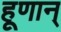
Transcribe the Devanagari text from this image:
हूणान्‌